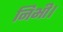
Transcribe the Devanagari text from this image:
निभी।